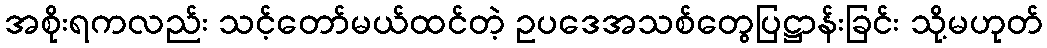
အစိုးရကလည်း သင့်တော်မယ်ထင်တဲ့ ဥပဒေအသစ်တွေပြဋ္ဌာန်းခြင်း သို့မဟုတ်